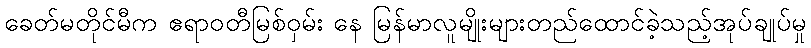
ခေတ်မတိုင်မီက ဧရာဝတီမြစ်ဝှမ်း နေ မြန်မာလူမျိုးများတည်ထောင်ခဲ့သည့်အုပ်ချုပ်မှု